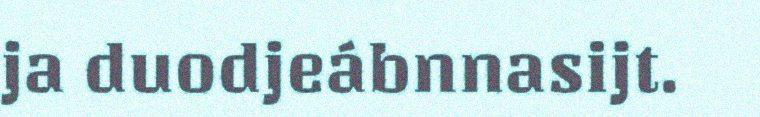
ja duodjeábnnasijt.